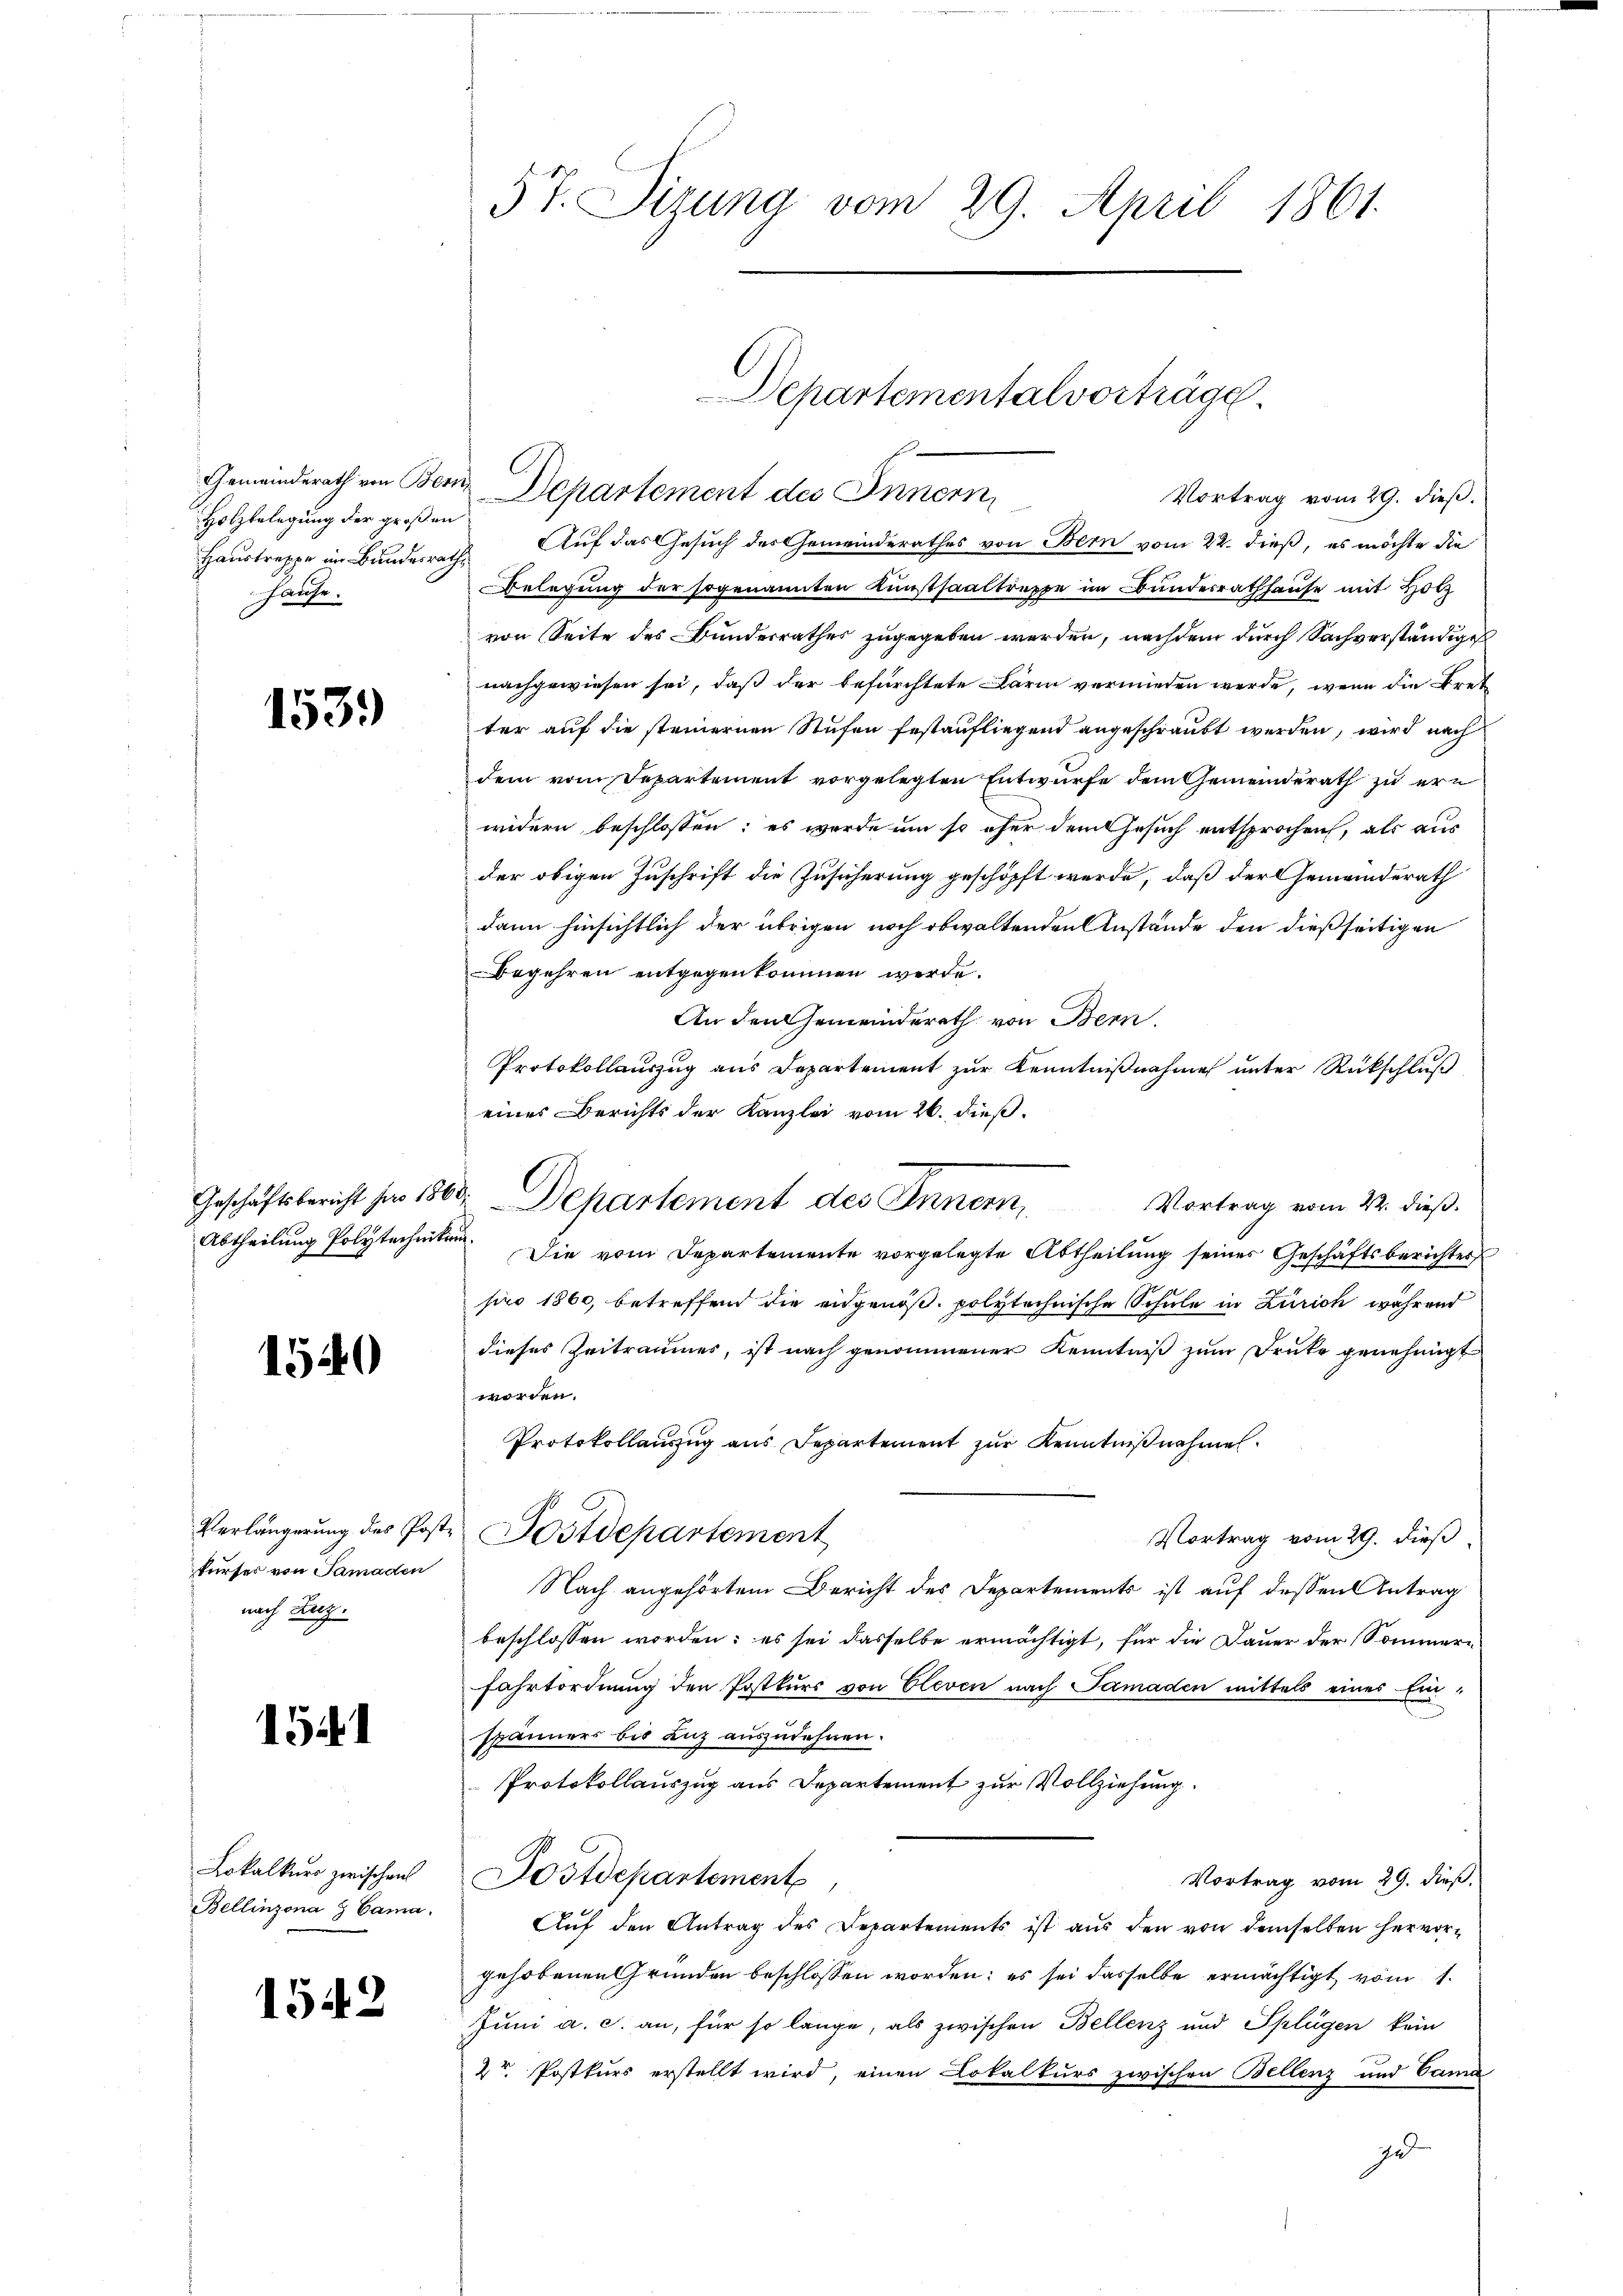
Gemeinderath von Ber
Holzbelegung der große
Haustreppe im Bundesra
hause.

153.

Geschäftsbericht pro 186
Abtheilung Polytechniken

1540

Verlängerung des Postkurses von Samaden
nach Lanz.

1541

Lokalkurs zwischen
Bellinzona & Cama.

1542

57. Sizung vom 29. April 1861.

Vortrag vom 29. dieß.
Auf das Gesuch des Gemeinderathes von Bern vom 22. dieß, es möchte die
Belegung der sogenannten Kunstsaaltreppe im Bundesrathhause mit Holz
von Seite des Bunderrathes zugegeben werden, nachdem durch Sachverständige
nachgewiesen sei, daß der befürchtete Lärm vermieden werde, wenn die Bret
ter auf die steinernen Stufen festaufliegend angeschraubt werden, wird nach
dem vom Departement vorgelegten Entwurfe dem Gemeinderath zu ern
widern beschlossen; es werde um so eher dem Gesuch entsprochen, als aus
der obigen Zuschrift die Zusicherung geschöpft werde, daß der Gemeinderath
dann hinsichtlich der übrigen noch obwaltenden Anstände den dießseitigen
Begehren entgegenkommen werde.
An den Gemeinderath von Bern.
Protokollauszug aus Departement zur Kenntnißnahme unter Rückschluß
eines Berichts der Kanzlei vom 26. dieß.
Die vom Departemente vorgelegte Abtheilung seines Geschäftsberichtes
pro 1860, betreffend die eidgenöß. polytechnische Schule in Zürich während
dieses Zeitraumes, ist nach genommener Kenntniß zum Druke genehmigt
worden.
Protokollauszug aus Departement zur Kenntnißnahmen.
Fostdepartement
Vortrag vom 29. dieß
Nach angehörtem Bericht des Departements ist auf dessen Antrag
beschlossen worden; es sei dasselbe ermächtigt, für die Dauer der Sommern
Fahrtordnung den Postkurs von Cleven nach Samaden mittels eines Ein-
spänners bis anz auszudehnen.
Protokollauszug aus Departement zur Vollziehung.
Postdepartement,
Vortrag vom 29. dieß.
Auf den Antrag des Departements ist aus den von demselben hervorgehobenen Gründen beschlossen worden; es sei dasselbe ermächtigt, vom 1.
Juni a. c. an, für so länge, als zwischen Bellenz und Splügen kein
2r Postkurs erstellt wird, einen Lokalkurs zwischen Bellenz und Cana
je

Departementalvorträge
Departement des Innern

" Departement des Innern, Vortrag vom 22. dieß.